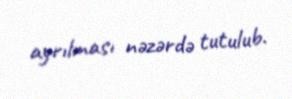
ayrılması nəzərdə tutulub.